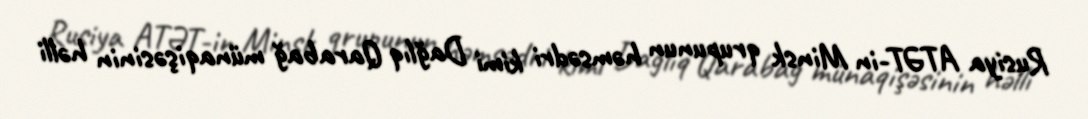
Rusiya ATƏT-in Minsk qrupunun həmsədri kimi Dağlıq Qarabağ münaqişəsinin həlli